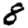
Digit: 8